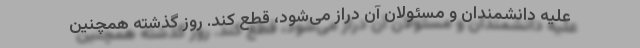
علیه دانشمندان و مسئولان آن دراز می‌شود، قطع کند. روز گذشته همچنین